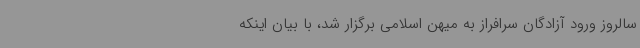
سالروز ورود آزادگان سرافراز به میهن اسلامی برگزار شد، با بیان اینکه